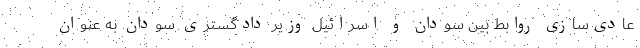
عادی‌سازی روابط بین سودان و اسرائیل وزیر دادگستری سودان به عنوان